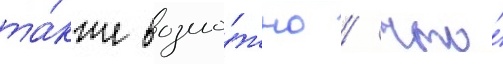
та́кже возмо́жно / что́